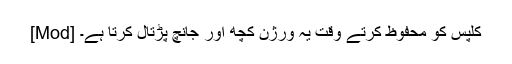
[Mod] کلپس کو محفوظ کرتے وقت یہ ورژن کچھ اور جانچ پڑتال کرتا ہے۔